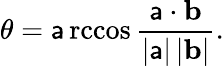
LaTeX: \theta=\operatorname{\mathsf{a}rccos}{\frac{{\mathbf{{\mathsf{a}}}\cdot\mathbf{{b}}}}{{\left|\mathbf{{\mathsf{a}}}\right|\left|\mathbf{{b}}\right|}}}.